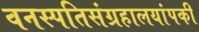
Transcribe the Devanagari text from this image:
वनस्पतिसंग्रहालयांपकी